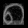
Digit: ၈